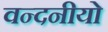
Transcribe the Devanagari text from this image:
वन्दनीयो